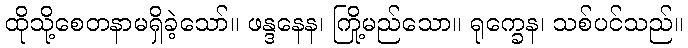
ထိုသို့စေတနာမရှိခဲ့သော်။ ဖန္ဒနေန၊ ကြို့မည်သော။ ရုက္ခေန၊ သစ်ပင်သည်။